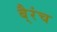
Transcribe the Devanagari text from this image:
बै्रंच